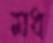
মধ